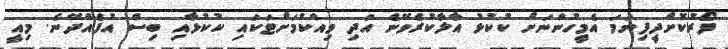
ފޯރުކޮށްދީފިނަމަ އެމީހުންނަށް ކުކުޅު އާލާކުރެވޭނެ އަދި ވިއްކުމަށްޓަކައި ކުކުޅާއި ބިސް އުފެއްދޭނެ. މިއީ